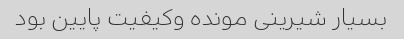
بسیار شیرینى مونده وکیفیت پایین بود